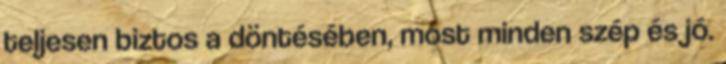
teljesen biztos a döntésében, most minden szép és jó.